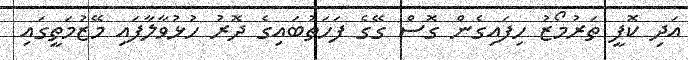
އަދި ކޮފީ ތަރުމޯޒު ހިފައިގެން ގޮސް ގޭގެ ފަހަތުބައިގެ ދޮރު ހުޅުވާލާފައި މޭޒުމަތީގައި